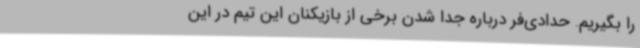
را بگیریم. حدادی‌فر درباره جدا شدن برخی از بازیکنان این تیم در این